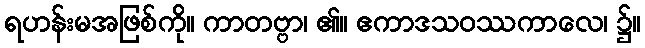
ရဟန်းမအဖြစ်ကို။ ကာတဗ္ဗာ၊ ၏။ ဧကာဒသဝဿကာလေ၊ ၌။